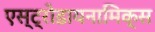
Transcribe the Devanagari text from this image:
एस्ट्रोडायनामिक्स